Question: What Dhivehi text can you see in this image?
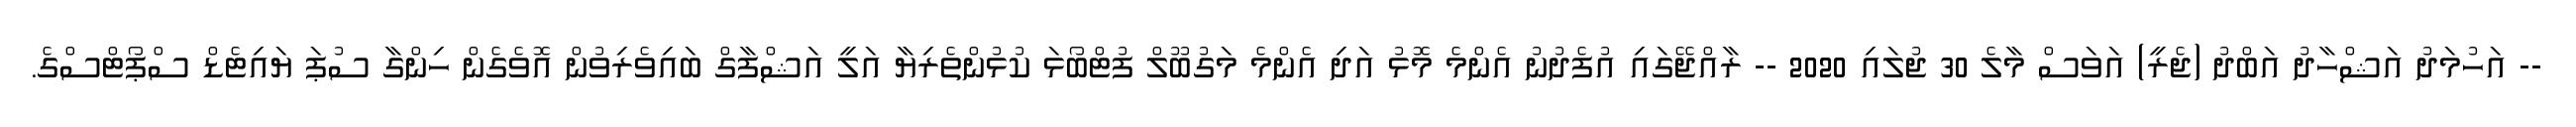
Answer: -- އަހުމަދު އަޝްހާދު އަބްދު (ޖެރީ) އަވަސް މާލެ 30 ޖުލައި 2020 -- ރާއްޖޭގައި އުފެދުނު އެންމެ މޮޅު އަދި އެންމެ މަގުބޫލް ފުޓްބޯޅަ ކުޅުންތެރިޔާ އަލީ އަޝްފާގް ބައިވެރިވުން އޮވެގެން ހިންގާ ސުޕަ ޔައިޓެޑް ސްޕޯޓްސްގެ.